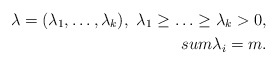
\begin{align*}\lambda = (\lambda_1, \ldots, \lambda_k),\ \lambda_1\geq \ldots \geq \lambda_k>0,\\sum \lambda_i = m. \end{align*}